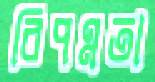
বিপণ্নতা